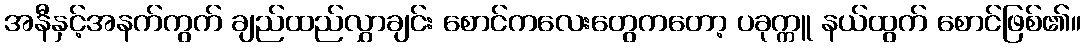
အနီနှင့်အနက်ကွက် ချည်ထည်လွှာချင်း စောင်ကလေးတွေကတော့ ပခုက္ကူ နယ်ထွက် စောင်ဖြစ်၏။